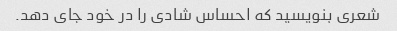
شعری بنویسید که احساس شادی را در خود جای دهد.